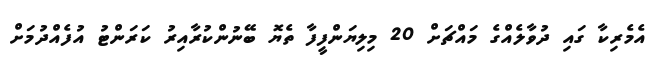
އެމެރިކާ ގައި ދުވާލެއްގެ މައްޗަށް 20 މިލިޔަންފީފާ ތެޔޮ ބޭނުންކުރާއިރު ކަރަންޓު އުފެއްދުމަށް